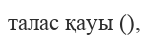
талас қауы (),